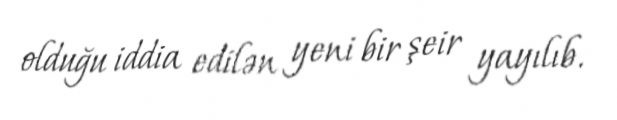
olduğu iddia edilən yeni bir şeir yayılıb.